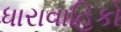
ધારાવાહિકો